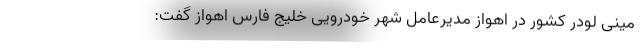
مینی لودر کشور در اهواز مدیرعامل شهر خودرویی خلیج فارس اهواز گفت: